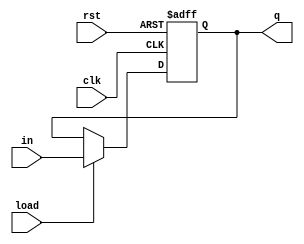
module pipo(in,load,clk,rst,q);
  input load,clk,rst;
  input [3:0]in;
  output reg [3:0]q;
  always @(posedge clk,posedge rst)
  begin
    if(rst)
      q<=4'b0;
    else
      begin
        if(load)
          q<=in;
        else
          q<=q;
      end
  end
endmodule

module pipo_tb;
  reg load,clk,rst;
  reg [3:0]in;
  wire [3:0]q;
  pipo R3(in,load,clk,rst,q);
  
  always
  #5 clk=~clk;
  
  initial
  begin
  load=1;clk=0;rst=1;in=4'b1101;#10;
  
  rst=0;#10;
  load=0;#40;
  load=1; in=4'b1001;#10;
  load=0;
end
endmodule